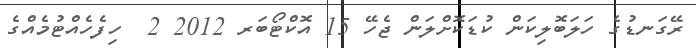
ރޭގަނޑުގެ ހަލަބޮލިކަން ކުޑަކޮށްލަން ޖެހޭ 15 އޮކްޓޯބަރ 2012 2  ހިފެހެއްޓުމެއްގެ